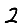
Digit: 2